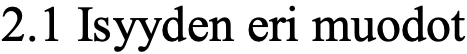
2.1 Isyyden eri muodot